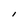
Character: l